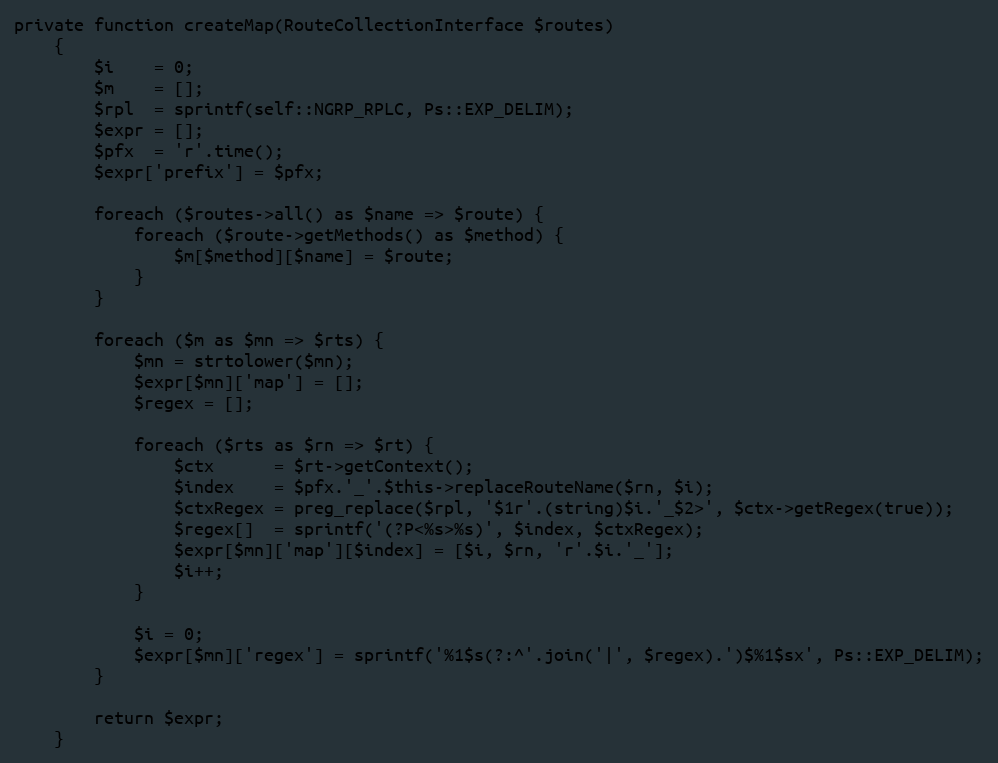
Language: PHP
private function createMap(RouteCollectionInterface $routes)
    {
        $i    = 0;
        $m    = [];
        $rpl  = sprintf(self::NGRP_RPLC, Ps::EXP_DELIM);
        $expr = [];
        $pfx  = 'r'.time();
        $expr['prefix'] = $pfx;

        foreach ($routes->all() as $name => $route) {
            foreach ($route->getMethods() as $method) {
                $m[$method][$name] = $route;
            }
        }

        foreach ($m as $mn => $rts) {
            $mn = strtolower($mn);
            $expr[$mn]['map'] = [];
            $regex = [];

            foreach ($rts as $rn => $rt) {
                $ctx      = $rt->getContext();
                $index    = $pfx.'_'.$this->replaceRouteName($rn, $i);
                $ctxRegex = preg_replace($rpl, '$1r'.(string)$i.'_$2>', $ctx->getRegex(true));
                $regex[]  = sprintf('(?P<%s>%s)', $index, $ctxRegex);
                $expr[$mn]['map'][$index] = [$i, $rn, 'r'.$i.'_'];
                $i++;
            }

            $i = 0;
            $expr[$mn]['regex'] = sprintf('%1$s(?:^'.join('|', $regex).')$%1$sx', Ps::EXP_DELIM);
        }

        return $expr;
    }